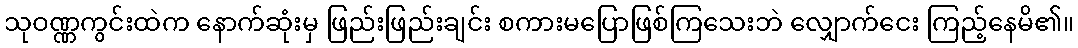
သုဝဏ္ဏကွင်းထဲက နောက်ဆုံးမှ ဖြည်းဖြည်းချင်း စကားမပြောဖြစ်ကြသေးဘဲ လျှောက်ငေး ကြည့်နေမိ၏။